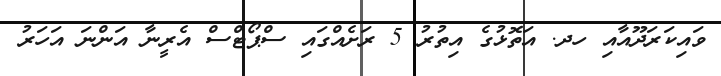
ވައިކަރަދޫއާއި ހދ. އަތޮޅުގެ އިތުރު 5 ރަށެއްގައި ސްޕޯޓްސް އެރީނާ އަންނަ އަހަރު